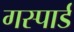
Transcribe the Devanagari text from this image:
गस्पार्ड